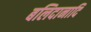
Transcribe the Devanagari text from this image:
बलिदानादि